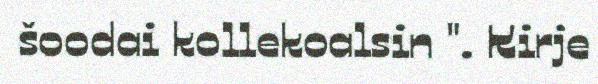
šoodai kollekoalsin ". Kirje